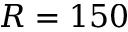
R = 1 5 0